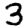
Digit: 3